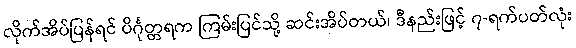
လိုက်အိပ်ပြန်ရင် ပိင်္ဂုတ္တရက ကြမ်းပြင်သို့ ဆင်းအိပ်တယ်၊ ဒီနည်းဖြင့် ၇-ရက်ပတ်လုံး